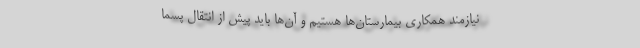
نیازمند همکاری بیمارستان‌ها هستیم و آن‌ها باید پیش از انتقال پسما